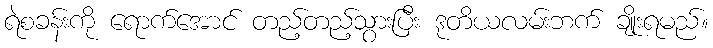
ရဲစခန်းကို ရောက်အောင် တည့်တည့်သွားပြီး ဒုတိယလမ်းဘက် ချိုးရမည်။